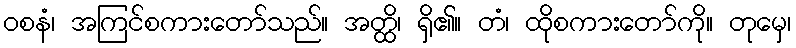
ဝစနံ၊ အကြင်စကားတော်သည်။ အတ္ထိ၊ ရှိ၏။ တံ၊ ထိုစကားတော်ကို။ တုမှေ၊